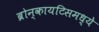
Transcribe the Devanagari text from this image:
ब्रोन्कायटिसमध्ये